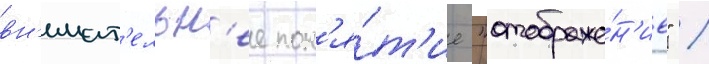
вн'имат'ельн'ее пон'я́т'ие "отображе́н'ие" /